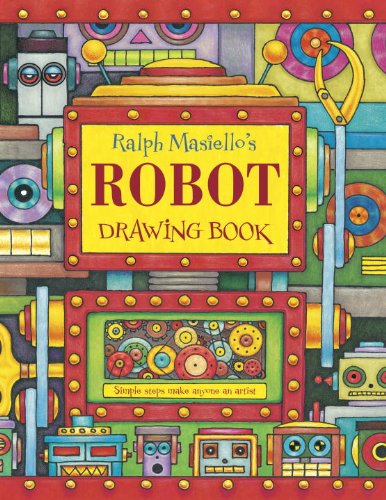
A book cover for Ralph Masiello's Robot Drawing Book; Ralph Masiello; Children's Books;